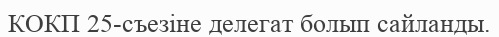
КОКП 25-съезіне делегат болып сайланды.